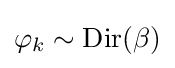
\varphi _{k}\sim \operatorname {Dir} (\beta )